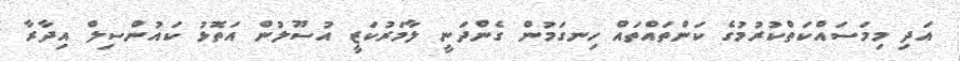
އަދި މިމަސައްކަތްކުރުމުގެ ކަންތައްތައް ހިނގަމުން ގެންދަނީ ލާމަރުކަޒީ އުސޫލުން އަތޮޅު ކައުންސިލް އިދާރާ